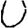
Digit: 0